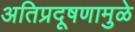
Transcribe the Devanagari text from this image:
अतिप्रदूषणामुळे